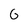
Character: G